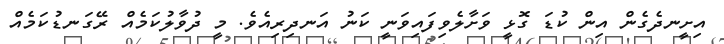
އިށީނދެގެން އިން ކުޑަ ގޮޅީ ވަށާލެވިފައިވަނީ ކަނު އަނދިރިއެވެ. މީ ދުވާލުކަމެއް ރޭގަނޑުކަމެއް